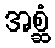
အစ္ဆံ